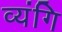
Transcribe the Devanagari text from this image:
व्यंगि